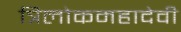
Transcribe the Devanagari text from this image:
त्रिलोकमहादेवी